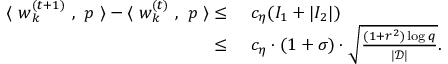
\begin{array} { r l } { \langle ~ { \boldsymbol w } _ { k } ^ { ( t + 1 ) } ~ , ~ { \boldsymbol p } ~ \rangle - \langle ~ { \boldsymbol w } _ { k } ^ { ( t ) } ~ , ~ { \boldsymbol p } ~ \rangle \le } & { ~ c _ { \eta } ( I _ { 1 } + | I _ { 2 } | ) } \\ { \le } & { ~ c _ { \eta } \cdot ( 1 + \sigma ) \cdot \sqrt { \frac { ( 1 + r ^ { 2 } ) \log q } { | \mathcal { D } | } } . } \end{array}